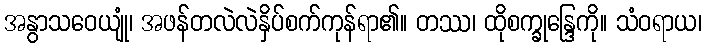
အနွာသဝေယျုံ၊ အဖန်တလဲလဲနှိပ်စက်ကုန်ရာ၏။ တဿ၊ ထိုစက္ခုန္ဒြေကို။ သံဝရာယ၊